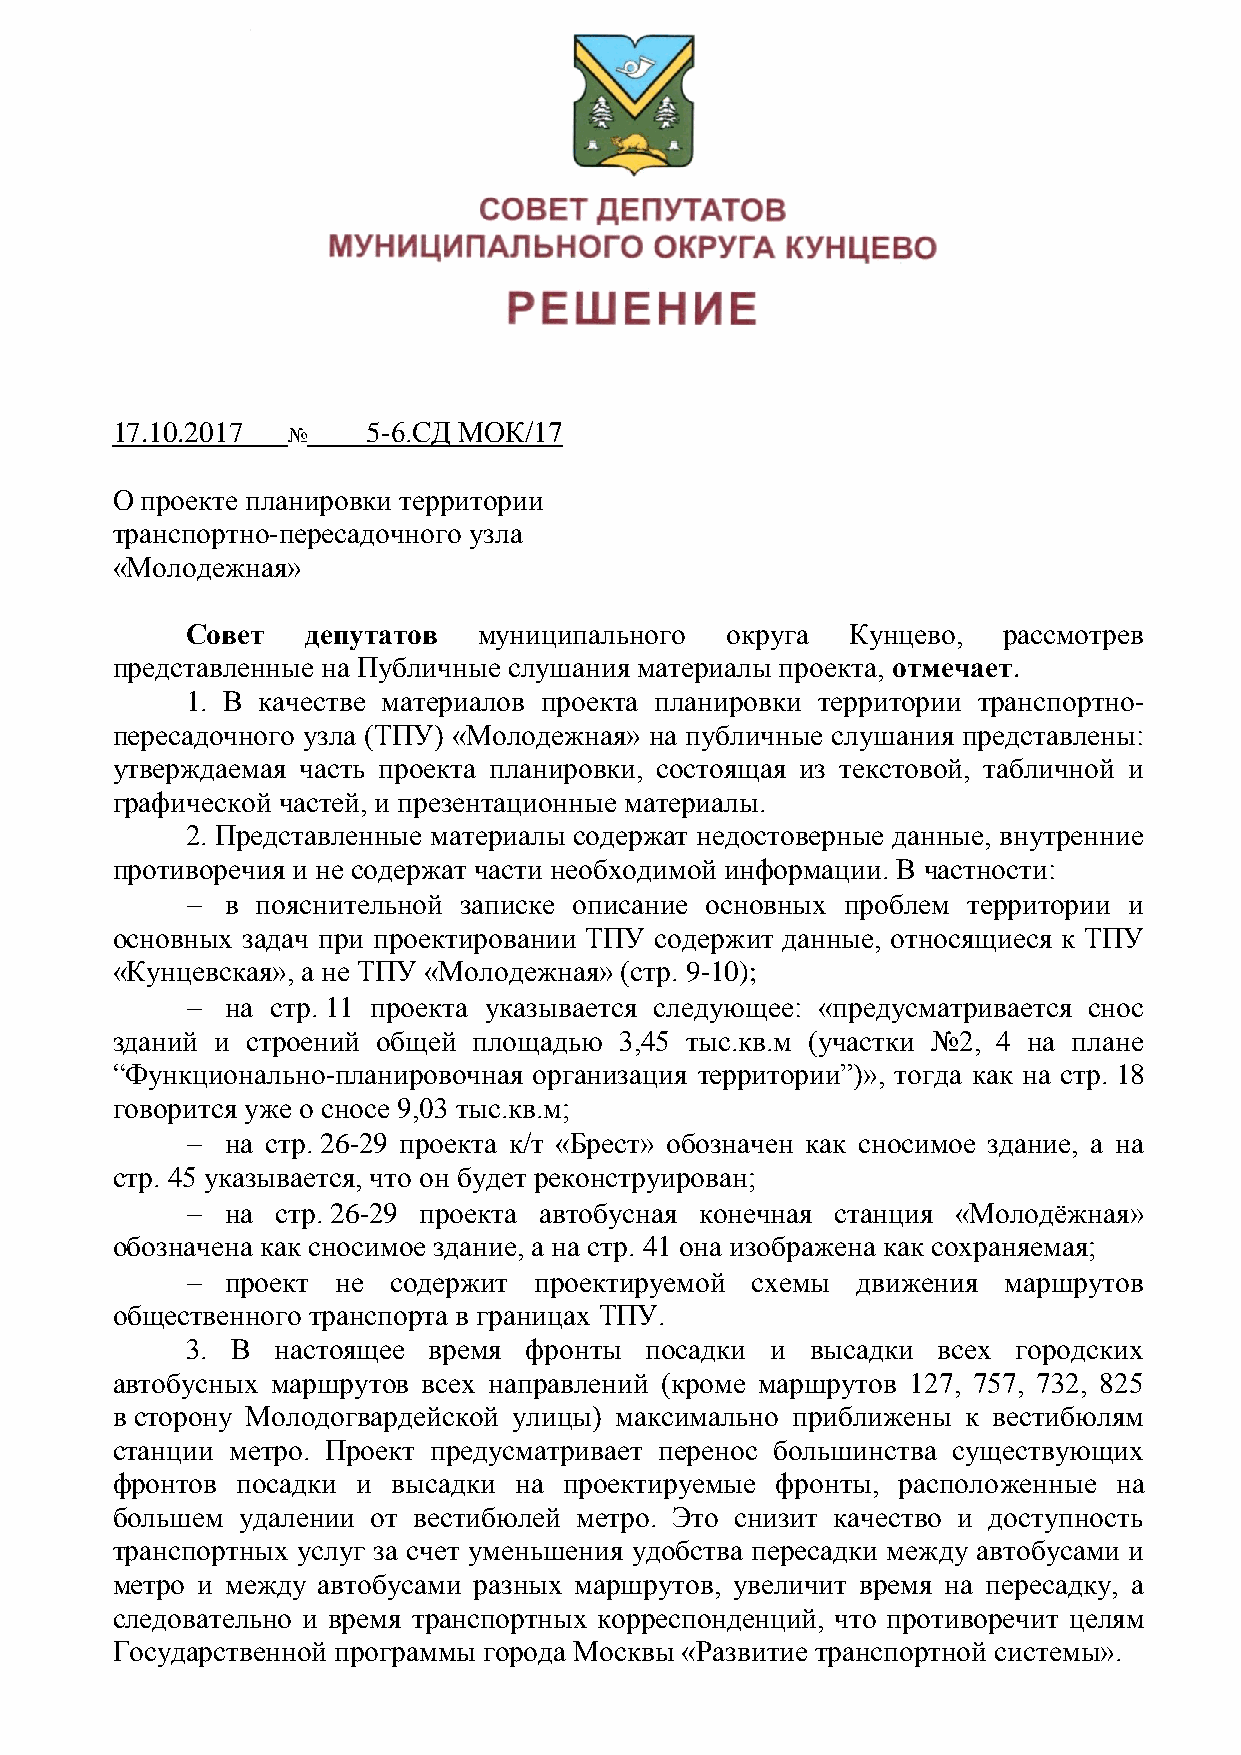
17.10.2017
 №
 5-6.СД МОК/17
 О проекте планировки территории
 транспортно-пересадочного узла
 «Молодежная»
 Совет   депутатов   муниципального  округа  Кунцево,  рассмотрев
 представленные на Публичные слушания материалы проекта, отмечает.
 1. В качестве материалов проекта планировки территории транспортно-
 пересадочного узла (ТПУ) «Молодежная» на публичные слушания представлены:
 утверждаемая часть проекта планировки, состоящая из текстовой, табличной и
 графической частей, и презентационные материалы.
 2. Представленные материалы содержат недостоверные данные, внутренние
 противоречия и не содержат части необходимой информации. В частности:
   в пояснительной записке описание основных проблем территории и
 основных задач при проектировании ТПУ содержит данные, относящиеся к ТПУ
 «Кунцевская», а не ТПУ «Молодежная» (стр. 9-10);
   на стр. 11 проекта указывается следующее: «предусматривается снос
 зданий и строений общей площадью  3,45 тыс.кв.м (участки №2, 4 на плане
 “Функционально-планировочная организация территории”)», тогда как на стр. 18
 говорится уже о сносе 9,03 тыс.кв.м;
   на стр. 26-29 проекта к/т «Брест» обозначен как сносимое здание, а на
 стр. 45 указывается, что он будет реконструирован;
   на стр. 26-29 проекта автобусная конечная станция «Молодѐжная»
 обозначена как сносимое здание, а на стр. 41 она изображена как сохраняемая;
   проект не  содержит проектируемой  схемы  движения маршрутов
 общественного транспорта в границах ТПУ.
 3. В  настоящее время  фронты  посадки и  высадки всех городских
 автобусных маршрутов всех направлений (кроме маршрутов 127, 757, 732, 825
 в сторону Молодогвардейской улицы) максимально приближены к вестибюлям
 станции метро. Проект предусматривает перенос большинства существующих
 фронтов  посадки и высадки на проектируемые фронты, расположенные  на
 большем  удалении от вестибюлей метро. Это снизит качество и доступность
 транспортных услуг за счет уменьшения удобства пересадки между автобусами и
 метро и между автобусами разных маршрутов, увеличит время на пересадку, а
 следовательно и время транспортных корреспонденций, что противоречит целям
 Государственной программы города Москвы «Развитие транспортной системы».